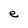
Character: e